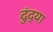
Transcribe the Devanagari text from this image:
दुंद्या